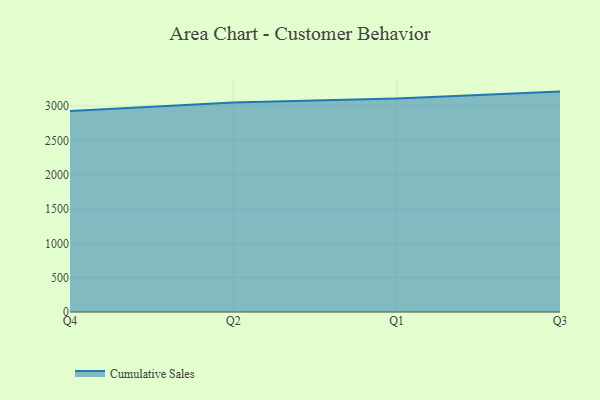
{"axis": {"x": "Quarter", "y": "Backlog"}, "legend": ["Cumulative Sales"], "data": [{"x": "Q4", "y": 2929.0, "type": "Cumulative Sales"}, {"x": "Q2", "y": 3050.9, "type": "Cumulative Sales"}, {"x": "Q1", "y": 3111.2, "type": "Cumulative Sales"}, {"x": "Q3", "y": 3210.2, "type": "Cumulative Sales"}]}